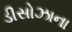
ડીસોઝાના